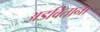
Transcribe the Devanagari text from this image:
अडविताना